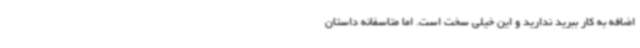
اضافه به کار ببرید ندارید و این خیلی سخت است. اما متاسفانه داستان